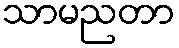
သာမညတာ